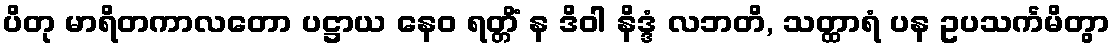
ပိတု မာရိတကာလတော ပဋ္ဌာယ နေဝ ရတ္တိံ န ဒိဝါ နိဒ္ဒံ လဘတိ, သတ္ထာရံ ပန ဥပသင်္ကမိတွာ